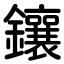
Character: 鑲